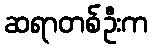
ဆရာတစ်ဦးက